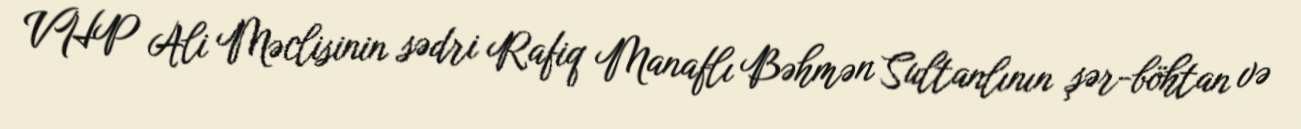
VHP Ali Məclisinin sədri Rafiq Manaflı Bəhmən Sultanlının şər-böhtan və